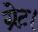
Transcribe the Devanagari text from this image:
ग्रेट।